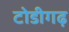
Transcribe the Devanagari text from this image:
टोडीगढ़